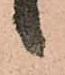
候